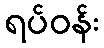
ရပ်ဝန်း